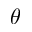
\theta